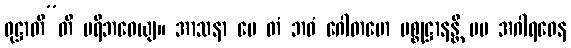
ဝုဋ္ဌာတီ”တိ ပရိဘဝေယျ။ အာသနာ မေ တံ ဘဝံ ဂေါတမော ပစ္စုဋ္ဌာနန္တိ မမ အဂါရဝေန